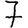
Digit: 7